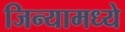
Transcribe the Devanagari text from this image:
जिन्यामध्ये